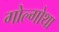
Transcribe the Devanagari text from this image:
गोल्गोथा